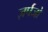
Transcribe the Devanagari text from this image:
ज़र्पजो